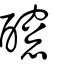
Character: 𨣭